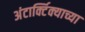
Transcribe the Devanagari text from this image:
अंटार्क्टिक्याच्या